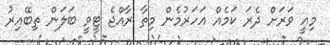
މިއީ ވަރަށް ދެރަ ކަމެއް އަހަރުމެން މިތާ ރާއްޖެ ޓީވީ ބަލަން ތިބޭއިރު